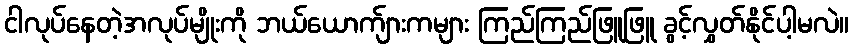
ငါလုပ်နေတဲ့အလုပ်မျိုးကို ဘယ်ယောက်ျားကများ ကြည်ကြည်ဖြူဖြူ ခွင့်လွှတ်နိုင်ပါ့မလဲ။